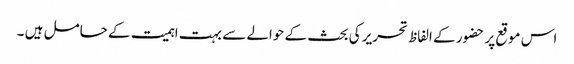
اس موقع پر حضور کے الفاظ تحریر کی بحث کے حوالے سے بہت اہمیت کے حامل ہیں ۔